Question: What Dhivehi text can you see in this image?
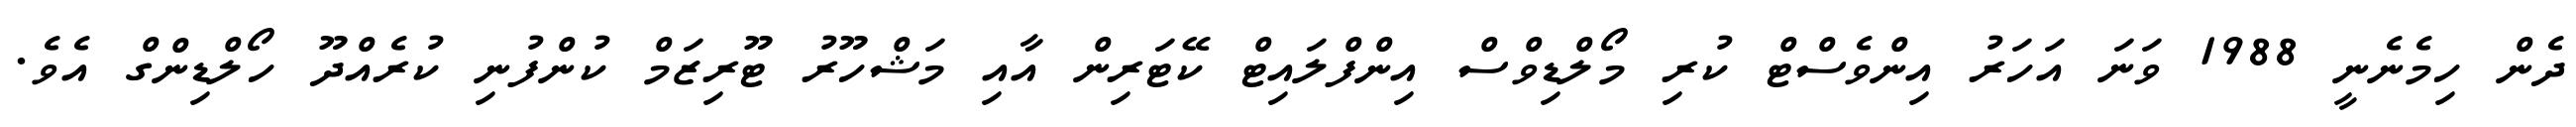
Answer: ދެން ހިމެނެނީ 1988 ވަނަ އަހަރު އިންވެސްޓް ކުރި މޯލްޑިވްސް އިންފްލައިޓް ކޭޓަރިން އާއި މަޝްހޫރު ޓޫރިޒަމް ކުންފުނި ކުރެއްދޫ ހޯލްޑިންގް އެވެ.